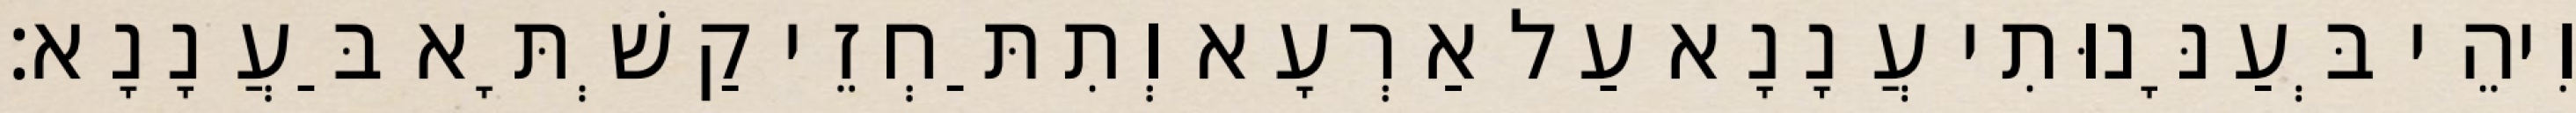
וִיהֵי בְּעַנָּנוּתִי עֲנָנָא עַל אַרְעָא וְתִתַּחְזֵי קַשְׁתָּא בַּעֲנָנָא׃